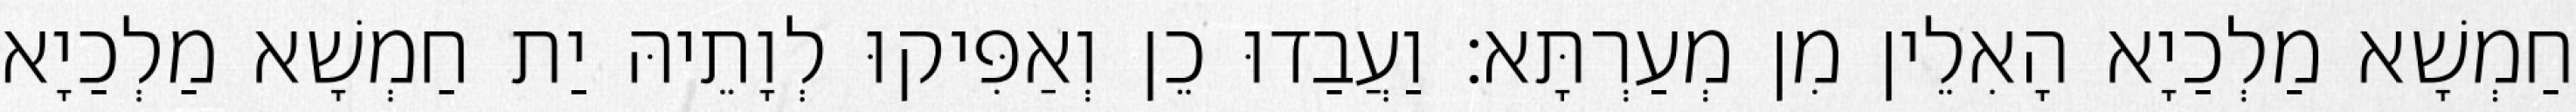
חַמְשָׁא מַלְכַיָא הָאִלֵין מִן מְעַרְתָּא׃ וַעֲבַדוּ כֵן וְאַפִּיקוּ לְוָתֵיהּ יַת חַמְשָׁא מַלְכַיָא